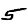
Digit: 5